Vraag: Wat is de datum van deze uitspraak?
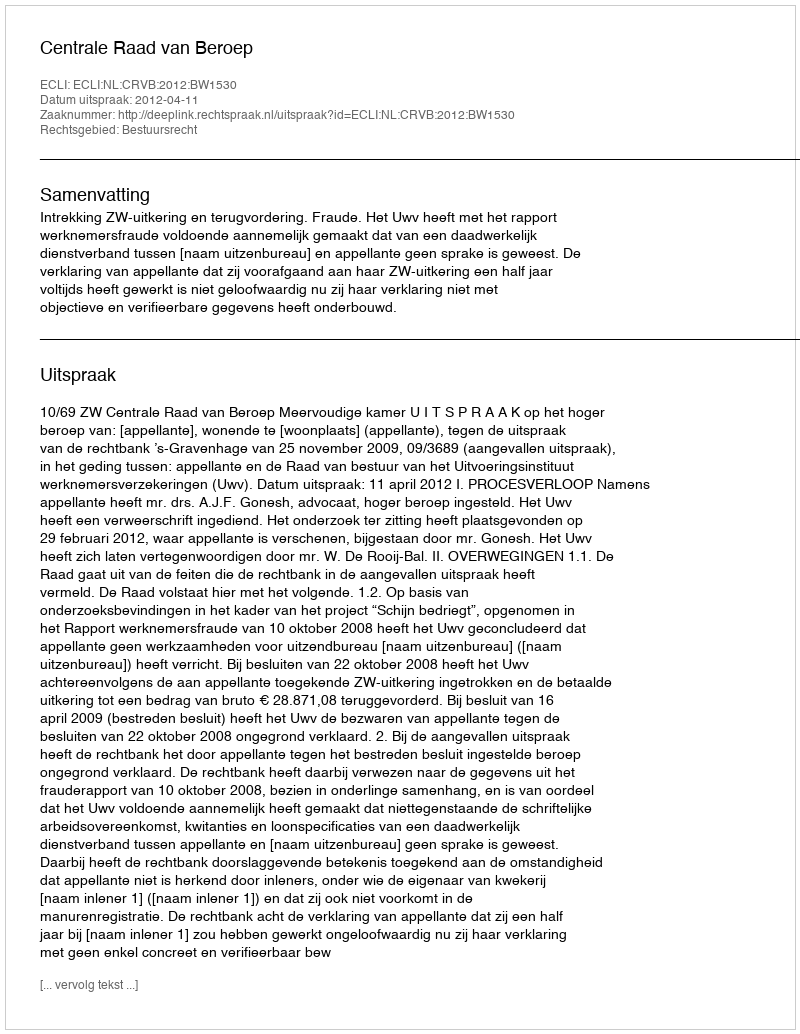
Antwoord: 2012-04-11